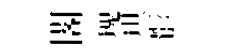
閣瑰琪骸